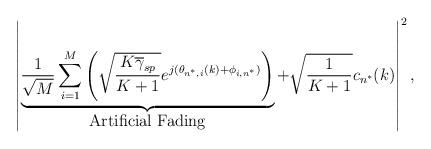
LaTeX: \begin{align*}\left|\underbrace{\frac{1}{\sqrt{M}}\sum_{i=1}^{M} \left(\sqrt{\frac{K \overline{\gamma}_{sp}}{K+1}} e^{j (\theta_{n^{*},i}(k)+\phi_{i,n^{*}})}\right)}_{\mbox{Artificial Fading}} + \sqrt{\frac{1}{K+1}} c_{n^{*}}(k)\right|^{2},\end{align*}